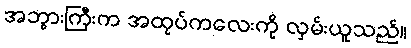
အဘွားကြီးက အထုပ်ကလေးကို လှမ်းယူသည်။